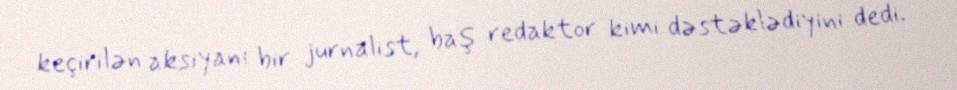
keçirilən aksiyanı bir jurnalist, baş redaktor kimi dəstəklədiyini dedi.